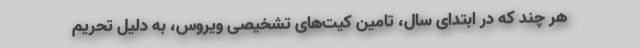
هر چند که در ابتدای سال، تامین کیت‌های تشخیصی ویروس، به دلیل تحریم